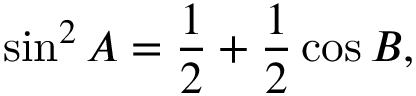
\sin ^ { 2 } A = { \frac { 1 } { 2 } } + { \frac { 1 } { 2 } } \cos B ,